Annual report on the working of the mental hospitals in the Madras Presidency - 1912-1932
Year: 1912
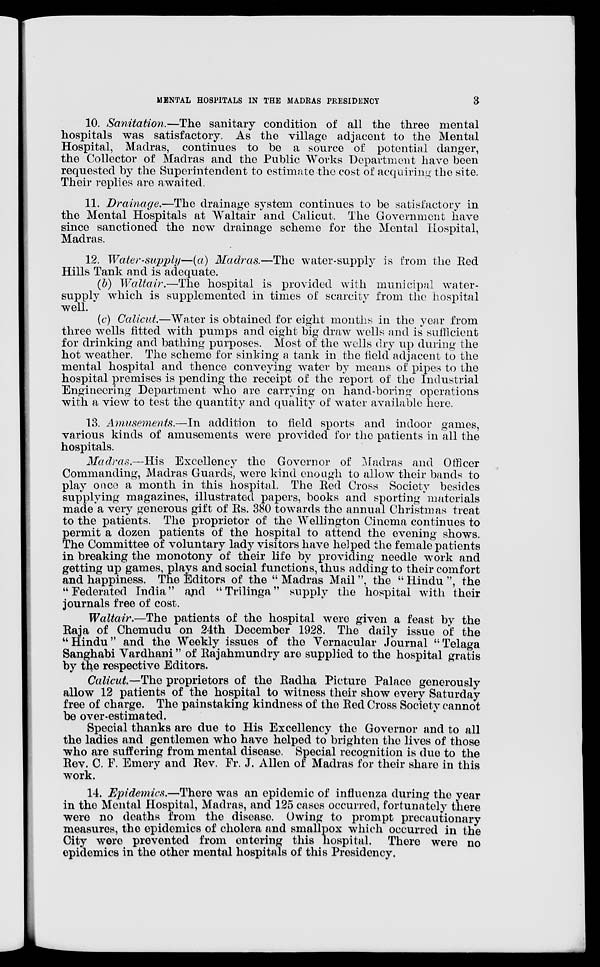
MENTAL HOSPITALS IN THE MADRAS PRESIDENCY
3
10. Sanitation.—The
sanitary condition of all the three mental
hospitals was satisfactory. As the village adjacent to the Mental
Hospital, Madras, continues to be a source of potential danger,
the Collector of Madras and the Public Works Department have been
requested by the Superintendent to estimate the cost of acquiring the site.
Their replies are awaited.
11. Drainage.—The drainage system continues to be satisfactory in
the Mental Hospitals at Waltair and Calicut. The Government have
since sanctioned the new drainage scheme for the Mental Hospital,
Madras.
12. Water-supply—(a) Madras.—The water-supply is from the Red
Hills Tank and is adequate.
(b) Waltair.—The hospital is provided with municipal water-
supply which is supplemented in times of scarcity from the hospital
well.
(c) Calicut.—Water is obtained for eight months in the year from
three wells fitted with pumps and eight big draw wells and is sufficient
for drinking and bathing purposes. Most of the wells dry up during the
hot weather. The scheme for sinking a tank in the field adjacent to the
mental hospital and thence conveying water by means of pipes to the
hospital premises is pending the receipt of the report of the Industrial
Engineering Department who are carrying on hand-boring operations
with a view to test the quantity and quality of water available here.
13. Amusements.—In addition to field sports and indoor games,
various kinds of amusements were provided for the patients in all the
hospitals.
Madras.—His
Excellency the Governor of Madras and Officer
Commanding, Madras Guards, were kind enough to allow their bands to
play once a month in this hospital. The Red Cross Society besides
supplying magazines, illustrated papers, books and sporting materials
made a very generous gift of Rs. 380 towards the annual Christmas treat
to the patients. The proprietor of the Wellington Cinema continues to
permit a dozen patients of the hospital to attend the evening shows.
The Committee of voluntary lady visitors have helped the female patients
in breaking the monotony of their life by providing needle work and
getting up games, plays and social functions, thus adding to their comfort
and happiness. The Editors of the " Madras Mail ", the " Hindu ", the
"Federated India" and "Trilinga" supply the hospital with their
journals free of cost.
Waltair.—The patients of the hospital were given a feast by the
Raja of Chemudu on 24th December 1928. The daily issue of the
"Hindu" and the Weekly issues of the Vernacular Journal "Telaga
Sanghabi Vardhani " of Rajahmundry are supplied to the hospital gratis
by the respective Editors.
Calicut.—The proprietors of the Radha Picture Palace generously
allow 12 patients of the hospital to witness their show every Saturday
free of charge. The painstaking kindness of the Red Cross Society cannot
be over-estimated.
Special thanks are due to His Excellency the Governor and to all
the ladies and gentlemen who have helped to brighten the lives of those
who are suffering from mental disease. Special recognition is due to the
Rev. C. F. Emery and Rev. Fr. J. Allen of Madras for their share in this
work.
14. Epidemics.—There was an epidemic of influenza during the year
in the Mental Hospital, Madras, and 125 cases occurred, fortunately there
were no deaths from the disease. Owing to prompt precautionary
measures, the epidemics of cholera and smallpox which occurred in the
City were prevented from entering this hospital. There were no
epidemics in the other mental hospitals of this Presidency.